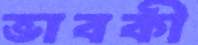
ভাবকী